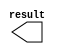
// megafunction wizard: %LPM_CONSTANT%VBB%
// GENERATION: STANDARD
// VERSION: WM1.0
// MODULE: LPM_CONSTANT 

// ============================================================
// Megafunction Name(s):
// 			LPM_CONSTANT
//
// Simulation Library Files(s):
// 			
// ============================================================
// ************************************************************
// THIS IS A WIZARD-GENERATED FILE. DO NOT EDIT THIS FILE!
//
// 13.0.1 Build 232 06/12/2013 SP 1 SJ Web Edition
// ************************************************************

//Copyright (C) 1991-2013 Altera Corporation
//Your use of Altera Corporation's design tools, logic functions 
//and other software and tools, and its AMPP partner logic 
//functions, and any output files from any of the foregoing 
//(including device programming or simulation files), and any 
//associated documentation or information are expressly subject 
//to the terms and conditions of the Altera Program License 
//Subscription Agreement, Altera MegaCore Function License 
//Agreement, or other applicable license agreement, including, 
//without limitation, that your use is for the sole purpose of 
//programming logic devices manufactured by Altera and sold by 
//Altera or its authorized distributors.  Please refer to the 
//applicable agreement for further details.

module lpm_constant1 (
	result)/* synthesis synthesis_clearbox = 1 */;

	output	[31:0]  result;

endmodule

// ============================================================
// CNX file retrieval info
// ============================================================
// Retrieval info: PRIVATE: INTENDED_DEVICE_FAMILY STRING "Cyclone II"
// Retrieval info: PRIVATE: JTAG_ENABLED NUMERIC "0"
// Retrieval info: PRIVATE: JTAG_ID STRING "NONE"
// Retrieval info: PRIVATE: Radix NUMERIC "10"
// Retrieval info: PRIVATE: SYNTH_WRAPPER_GEN_POSTFIX STRING "0"
// Retrieval info: PRIVATE: Value NUMERIC "0"
// Retrieval info: PRIVATE: nBit NUMERIC "32"
// Retrieval info: PRIVATE: new_diagram STRING "1"
// Retrieval info: LIBRARY: lpm lpm.lpm_components.all
// Retrieval info: CONSTANT: LPM_CVALUE NUMERIC "0"
// Retrieval info: CONSTANT: LPM_HINT STRING "ENABLE_RUNTIME_MOD=NO"
// Retrieval info: CONSTANT: LPM_TYPE STRING "LPM_CONSTANT"
// Retrieval info: CONSTANT: LPM_WIDTH NUMERIC "32"
// Retrieval info: USED_PORT: result 0 0 32 0 OUTPUT NODEFVAL "result[31..0]"
// Retrieval info: CONNECT: result 0 0 32 0 @result 0 0 32 0
// Retrieval info: GEN_FILE: TYPE_NORMAL lpm_constant1.v TRUE
// Retrieval info: GEN_FILE: TYPE_NORMAL lpm_constant1.inc FALSE
// Retrieval info: GEN_FILE: TYPE_NORMAL lpm_constant1.cmp FALSE
// Retrieval info: GEN_FILE: TYPE_NORMAL lpm_constant1.bsf TRUE FALSE
// Retrieval info: GEN_FILE: TYPE_NORMAL lpm_constant1_inst.v FALSE
// Retrieval info: GEN_FILE: TYPE_NORMAL lpm_constant1_bb.v TRUE